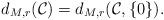
LaTeX: \begin{align*}d_{M,r}(\mathcal{C}) = d_{M,r}(\mathcal{C},\{ 0 \}).\end{align*}